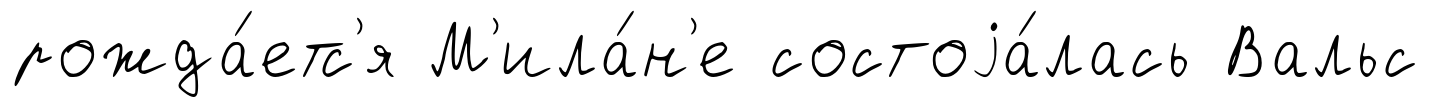
рожда́етс'я М'ила́н'е состоjа́лась Вальс